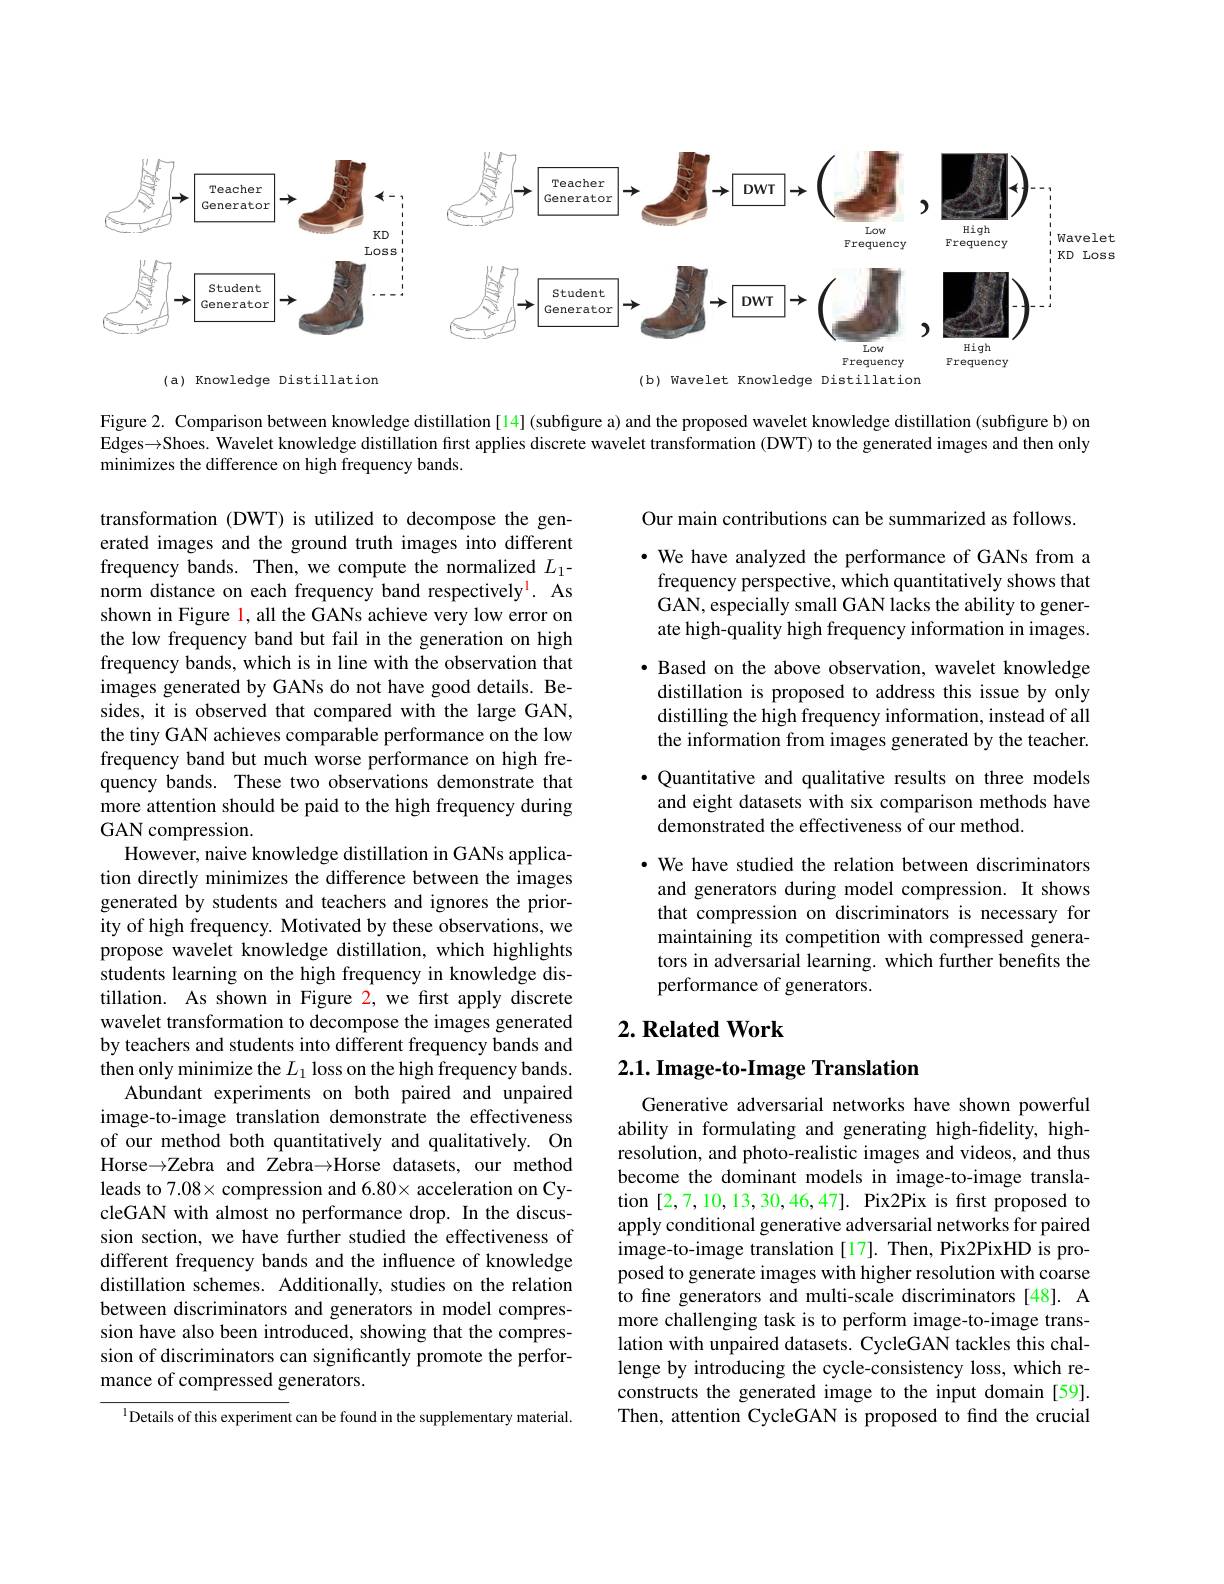
<FigureHere>

Figure 2. Comparison between knowledge distillation [14] (subfigure a) and the proposed wavelet knowledge distillation (subfigure b) on Edges$\to$Shoes. Wavelet knowledge distillation first applies discrete wavelet transformation (DWT) to the generated images and then only minimizes the difference on high frequency bands.

Our main contributions can be summarized as follows.

· We have analyzed the performance of GANs from a frequency perspective, which quantitatively shows that GAN, especially small GAN lacks the ability to generate high-quality high frequency information in images. $\bullet$ Based on the above observation, wavelet knowledge distillation is proposed to address this issue by only distilling the high frequency information, instead of all the information from images generated by the teacher. $\bullet$ Quantitative and qualitative results on three models and eight datasets with six comparison methods have demonstrated the effectiveness of our method.

· We have studied the relation between discriminators and generators during model compression. It shows that compression on discriminators is necessary for maintaining its competition with compressed generators in adversarial learning. which further benefits the performance of generators.

transformation (DWT) is utilized to decompose the generated images and the ground truth images into different frequency bands. Then, we compute the normalized $L_1-$ norm distance on each frequency band respectively$^{\mathrm{l}}.$ As shown in Figure l, all the GANs achieve very low error on the low frequency band but fail in the generation on high frequency bands, which is in line with the observation that images generated by GANs do not have good details. Besides, it is observed that compared with the large GAN, the tiny GAN achieves comparable performance on the low frequency band but much worse performance on high frequency bands. These two observations demonstrate that more attention should be paid to the high frequency during GAN compression.
However, naive knowledge distillation in GANs application directly minimizes the difference between the images generated by students and teachers and ignores the priority of high frequency. Motivated by these observations, we propose wavelet knowledge distillation, which highlights students learning on the high frequency in knowledge distillation. As shown in Figure 2, we first apply discrete wavelet transformation to decompose the images generated by teachers and students into different frequency bands and then only minimize the $L_1$ loss on the high frequency bands.
Abundant experiments on both paired and unpaired image-to-image translation demonstrate the effectiveness of our method both quantitatively and qualitatively. On Horse$\to\mathbb{Z}$ebra and Zebra$\to$Horse datasets, our method leads to $7.08\times$ compression and 6.80× acceleration on CycleGAN with almost no performance drop. In the discussion section, we have further studied the effectiveness of different frequency bands and the influence of knowledge distillation schemes. Additionally, studies on the relation between discriminators and generators in model compression have also been introduced, showing that the compression of discriminators can significantly promote the performance of compressed generators.
$^{\mathrm{l}}$Details of this experiment can be found in the supplementary material.

# $2. \textbf{ Related Work}$

$2. 1. \textbf{ Image- to- Image Translation}$

Generative adversarial networks have shown powerful ability in formulating and generating high-fidelity, highresolution, and photo-realistic images and videos, and thus become the dominant models in image-to-image translation [2,7,10,13,30,46,47]. Pix2Pix is first proposed to apply conditional generative adversarial networks for paired image-to-image translation [17]. Then, Pix2PixHD is proposed to generate images with higher resolution with coarse to fine generators and multi-scale discriminators [48]. A more challenging task is to perform image-to-image translation with unpaired datasets. CycleGAN tackles this challenge by introducing the cycle-consistency loss, which reconstructs the generated image to the input domain [59]. Then, attention CycleGAN is proposed to find the crucial